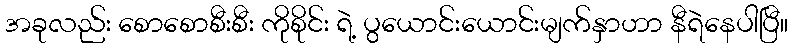
အခုလည်း စောစောစီးစီး ကိုစိုင်း ရဲ့ ပွယောင်းယောင်းမျက်နှာဟာ နီရဲနေပါပြီ။